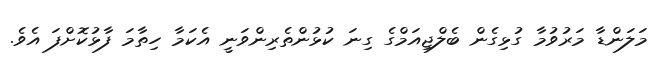
މަލަންޑާ މަރުވުމާ ގުޅިގެން ބެލްޖިއަމްގެ ގިނަ ކުޅުންތެރިންވަނީ އެކަމާ ހިތާމަ ފާޅުކޮށްފަ އެވެ.